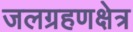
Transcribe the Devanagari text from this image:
जलग्रहणक्षेत्र